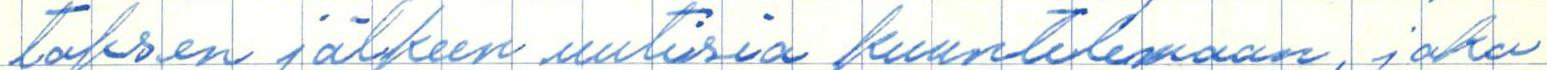
toksen jälkeen uutisia kuuntelemaan, joka